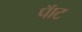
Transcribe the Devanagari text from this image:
पॅाट